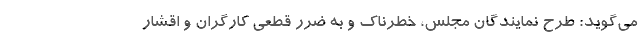
می‌گوید: طرح نمایندگان مجلس، خطرناک و به ضرر قطعی کارگران و اقشار